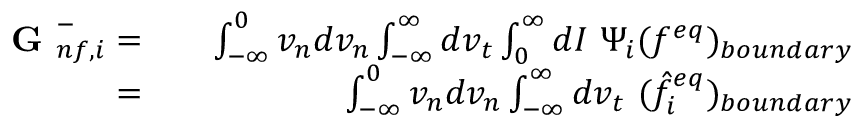
\begin{array} { r l r } { \textbf { G } _ { n f , i } ^ { - } = } & { { } } & { \int _ { - \infty } ^ { 0 } v _ { n } d v _ { n } \int _ { - \infty } ^ { \infty } d v _ { t } \int _ { 0 } ^ { \infty } d I \ \Psi _ { i } ( f ^ { e q } ) _ { b o u n d a r y } } \\ { = } & { { } } & { \int _ { - \infty } ^ { 0 } v _ { n } d v _ { n } \int _ { - \infty } ^ { \infty } d v _ { t } \ ( \hat { f } _ { i } ^ { e q } ) _ { b o u n d a r y } } \end{array}